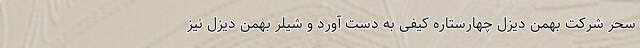
سحر شرکت بهمن دیزل چهارستاره کیفی به دست آورد و شیلر بهمن دیزل نیز